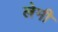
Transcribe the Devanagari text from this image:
लेमी